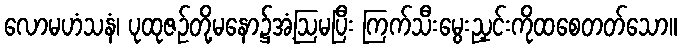
လောမဟံသနံ၊ ပုထုဇဉ်တို့မနော၌အံ့ဩမပြီး ကြက်သီးမွေးညှင်းကိုထစေတတ်သော။